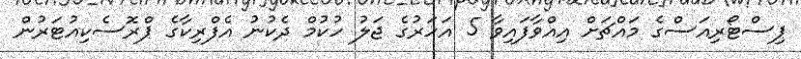
ޕިސްޓޯރިއަސްގެ މައްޗަށް އިއްވާފައިވާ 5 އަހަރުގެ ޖަލު ހުކުމް ދެކުނު އެފްރިކާގެ ޕްރޮސެކިއުޓަރުން